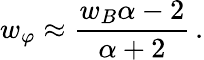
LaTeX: w_{\varphi}\approx\frac{w_{B}\alpha-2}{\alpha+2}\, .